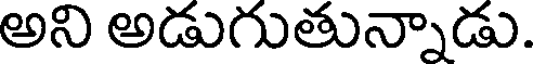
అని అడుగుతున్నాడు.